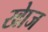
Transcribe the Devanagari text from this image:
खाेज